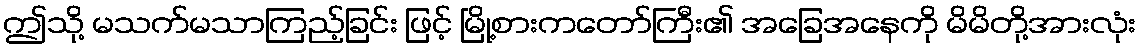
ဤသို့ မသက်မသာကြည့်ခြင်း ဖြင့် မြို့စားကတော်ကြီး၏ အခြေအနေကို မိမိတို့အားလုံး